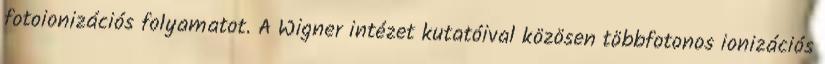
fotoionizációs folyamatot. A Wigner intézet kutatóival közösen többfotonos ionizációs